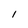
Character: l